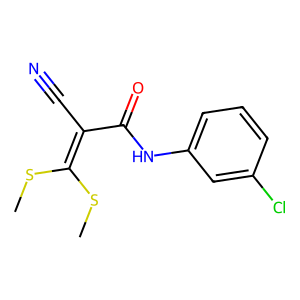
SMILES: CSC(SC)=C(C#N)C(=O)Nc1cccc(Cl)c1
Inhibits HIV replication: No